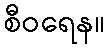
စီဝရေန။